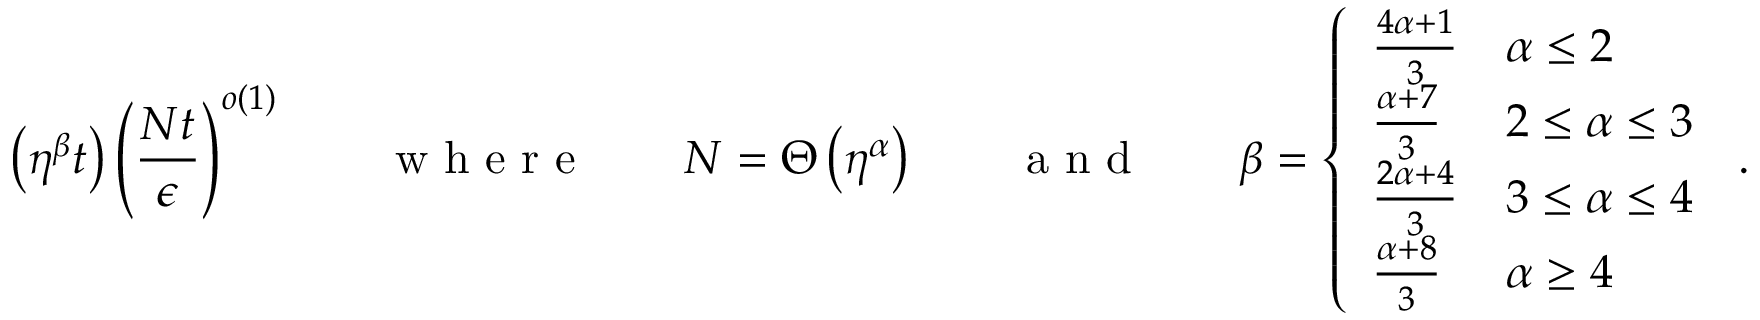
\left( \eta ^ { \beta } t \right) \left( \frac { N t } { \epsilon } \right) ^ { o ( 1 ) } \qquad \textrm { w h e r e } \qquad N = \Theta \left( \eta ^ { \alpha } \right) \qquad \textrm { a n d } \qquad \beta = \left\{ \begin{array} { l l } { \frac { 4 \alpha + 1 } { 3 } } & { \alpha \leq 2 } \\ { \frac { \alpha + 7 } { 3 } } & { 2 \leq \alpha \leq 3 } \\ { \frac { 2 \alpha + 4 } { 3 } } & { 3 \leq \alpha \leq 4 } \\ { \frac { \alpha + 8 } { 3 } } & { \alpha \geq 4 } \end{array} \right. \, .